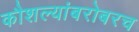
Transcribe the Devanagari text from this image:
कौशल्यांबरोबरच